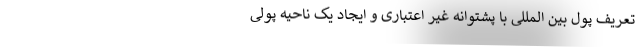
تعریف پول بین المللی با پشتوانه غیر اعتباری و ایجاد یک ناحیه پولی